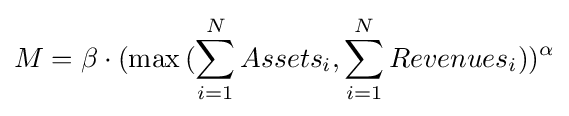
M=\beta \cdot (\max {(\sum _{i=1}^{N}{Assets_{i}},\sum _{i=1}^{N}{Revenues_{i}})})^{\alpha }